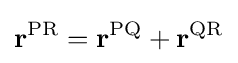
\mathbf {r} ^{\mathrm {PR} }=\mathbf {r} ^{\mathrm {PQ} }+\mathbf {r} ^{\mathrm {QR} }